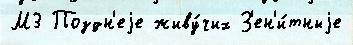
М3 Поздн'еjе живу́чих З'ен'и́тныjе